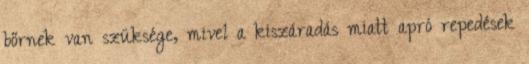
bőrnek van szüksége, mivel a kiszáradás miatt apró repedések